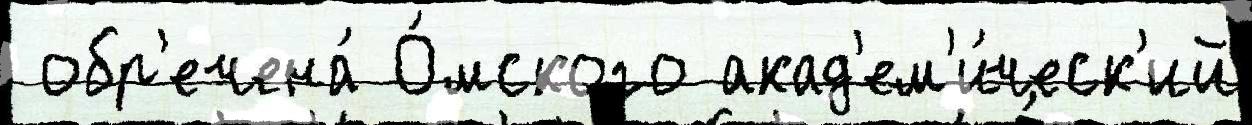
 обр'ечена́ О́мского акад'ем'и́ческ'ий